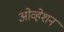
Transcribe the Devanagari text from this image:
ओव्हेशन